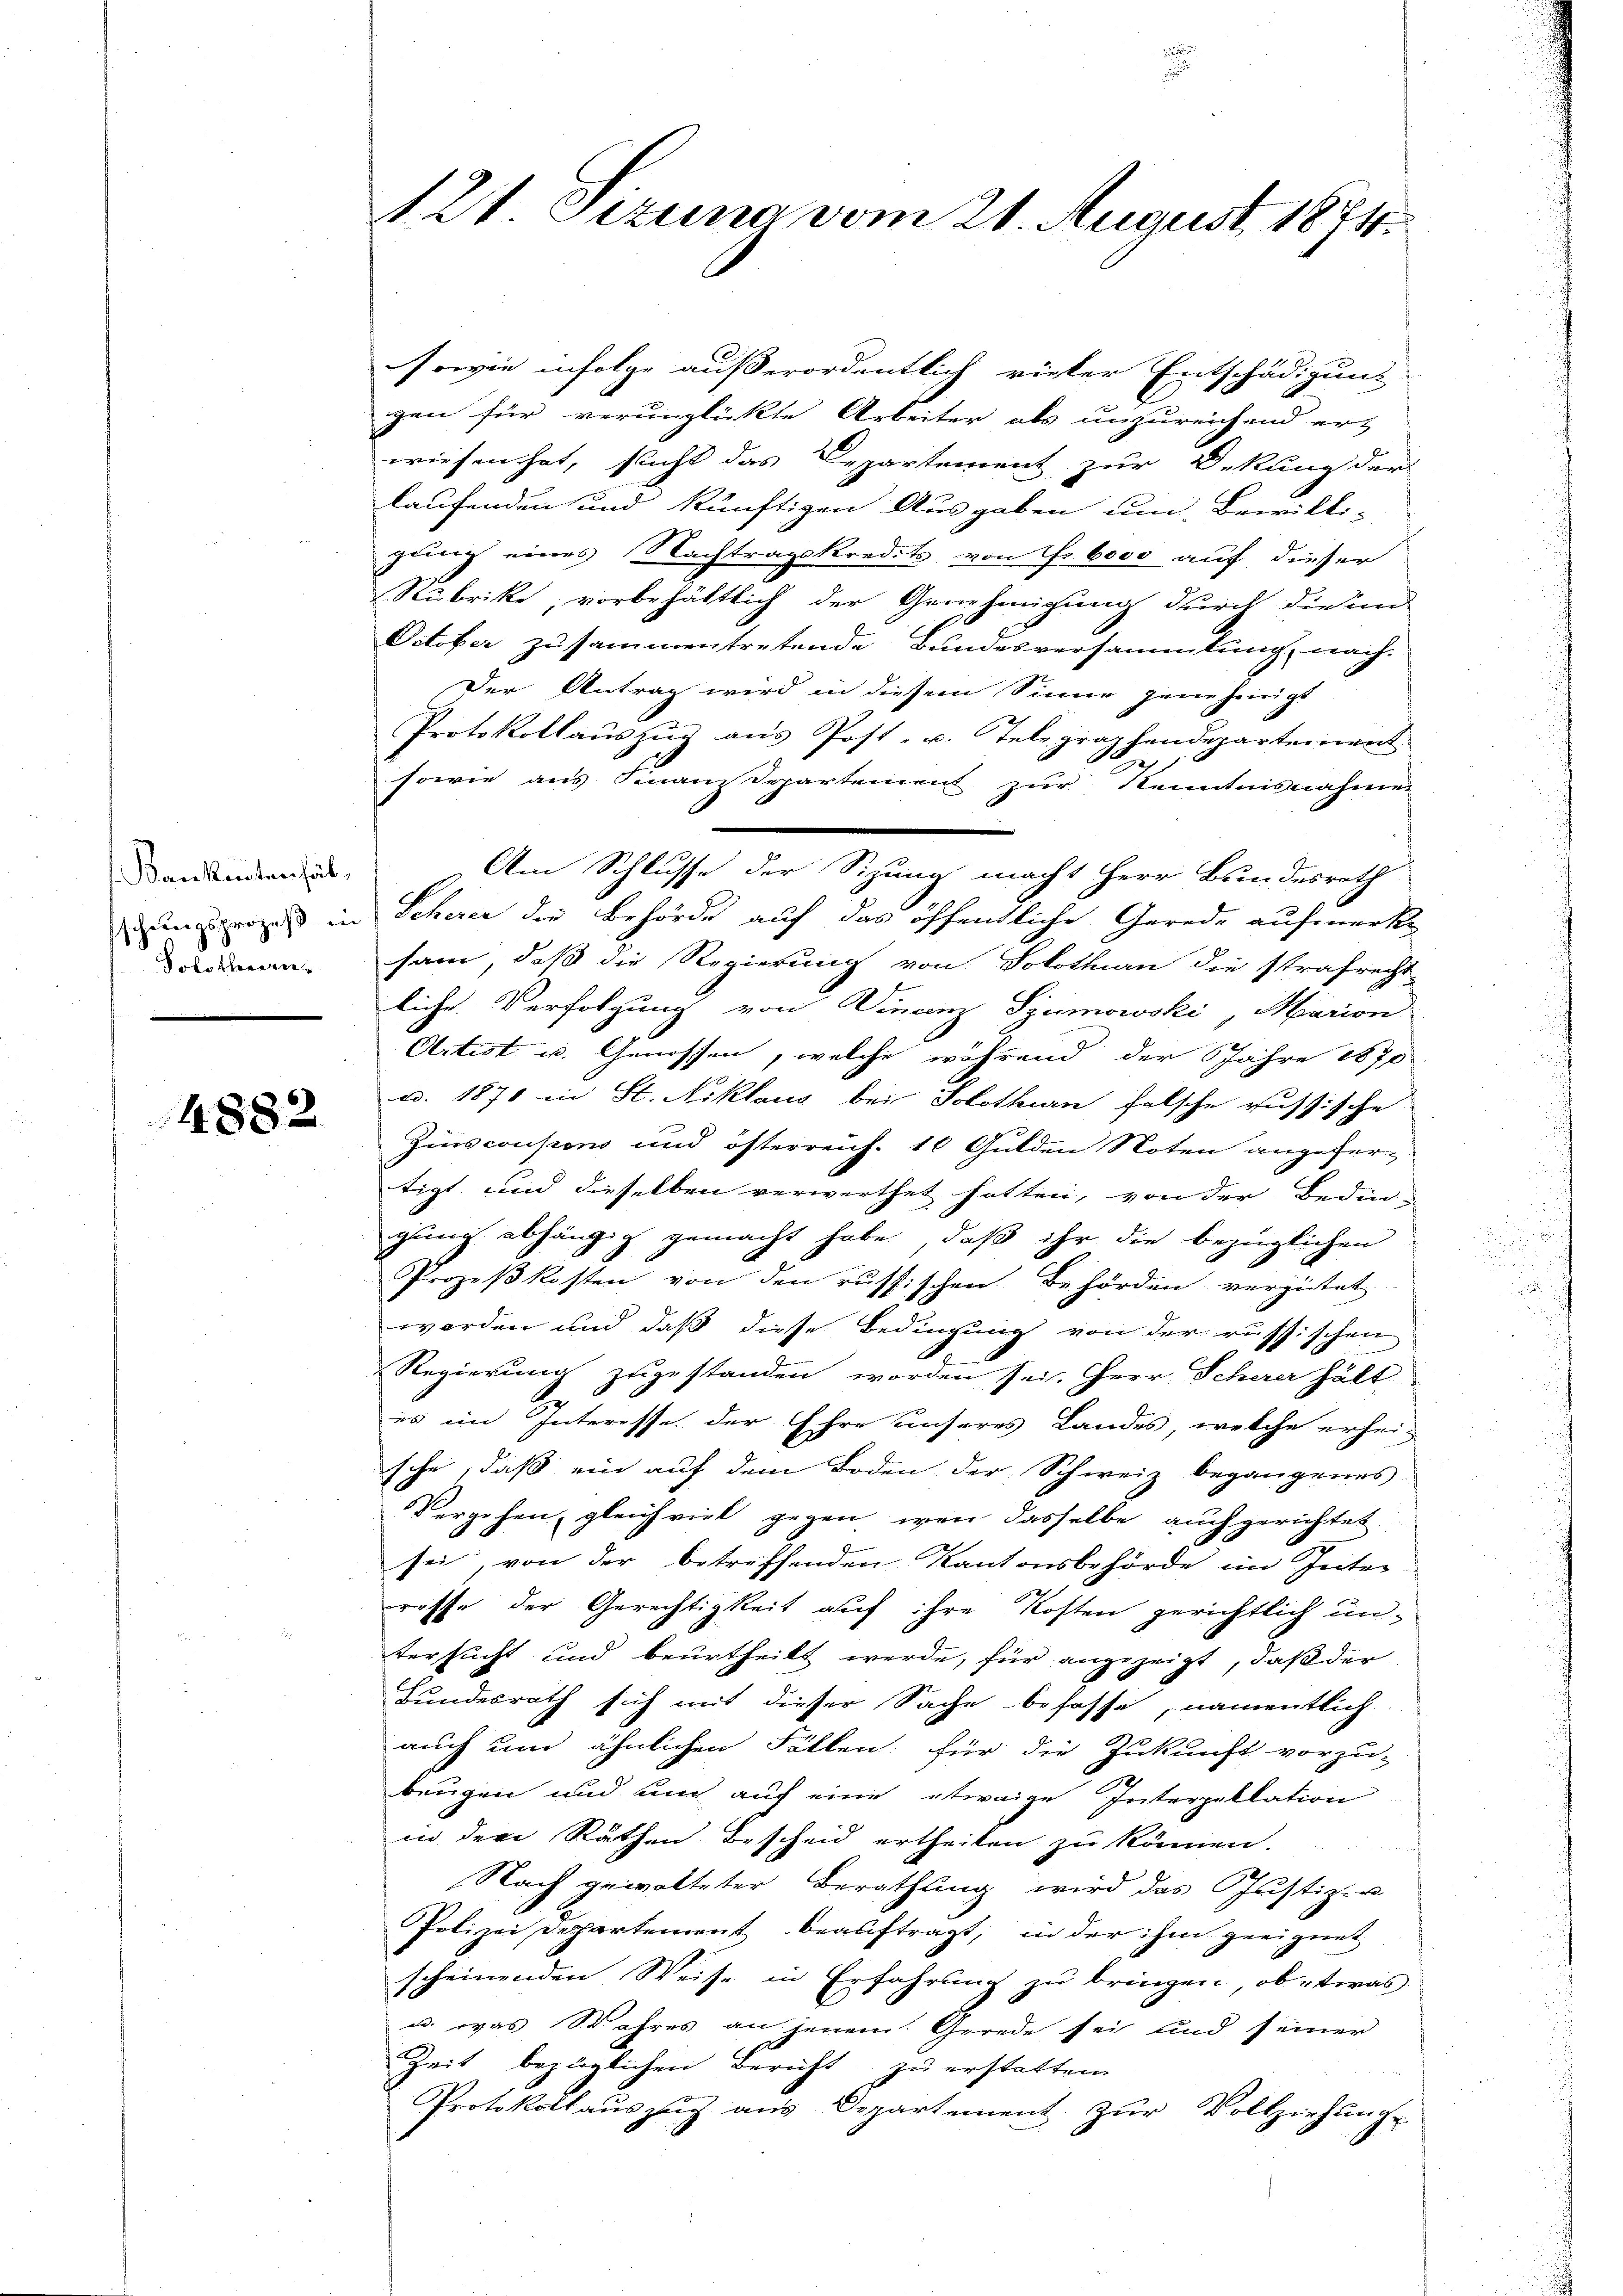
Bankenten hät¬
Solothen¬

4882

121. Sezuna vom 21. August 1874.

sowie infolge außerordentlich rieker Entschädigung
gen für verunglückte Arbeiter als unzureichend erz
wiesen hat, sucht das Departement zur Bekung der
laufenden und künftigen Ausgaben um Bewilli-
gung eines Nachtragskredits von Fr. 6000 auf dieser
Rubrike, vorbehältlich der Genehmigung durch die in
October zusammentretende Bundesversammlung, nach
Der Antrag wird in diesem Sinne genehmigt
Protokollaŭszŭg ans Post- u. Telegraphendepartement
e
sowie aus Finanzdepartement zur Kenntnisnahme
rois in Scherer die Behörde auf das öffentliche Gerede aufmerke
sam, daß die Regierung von Solothurn die strafrecht-
liche Verfolgung von Wincenz Szumowski, Marion
Artist u. Genossen, welche während der Jahre 1870
ad. 1871 in St. Niklaus bei Solothurn falsche russische
Zins coupons und österreich. 16 Gulden Noten angefer-
tigt und dieselben verwerthet hatten, von der Bedin-
gung abhängig gemacht habe, daß ihr die bezüglichen
Prozeßkosten von den russischen Behörden vergütet
worden und daß diese Bedingung von der russischen
Regierung zugestanden worden sei. Herr Scherer hält
es im Interesse der Ehre unseres Landes, welche erhei-
sche, daß ein auf dem Boden der Schweiz begangenes
Vergehen, gleichviel gegen, wenn dasselbe auch gerichtet
sei, von der betreffenden Kantonsbehörde im Inter
resse der Gerechtigkeit auf ihre Kosten gerichtlich untersucht und beurtheilt werde, für angezeigt, daß der
Bundesrath sich mit dieser Sache befasse, namentlich
auch und ähnlichen Fällen für die Zukunft vorzu-
beugen und und auf eine etwaige Interpellation
in der Räthen Bescheid ertheilen zu können.
Nach gewalteter Berathung wird das Justiz- u
Polizei Departement beauftragt, in der ihm geeignet
scheinenden Weise in Erfahrung zu bringen, ob etwas
u. was Wahres an jenem Gerede sei und seiner
Zeit bezüglichen Bericht zu erstatten.
Protokollauszug aus Departement. Zŭr Vollziehung

Am Schlusse der Sizung macht Herr Bundesrath